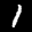
Label: 1